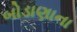
બોડાણાના